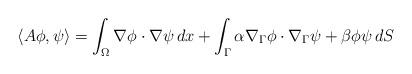
LaTeX: \begin{align*}\langle A\phi, \psi\rangle=\int_{\Omega}\nabla \phi\cdot\nabla\psi\,dx+\int_{\Gamma}\alpha\nabla_\Gamma \phi\cdot\nabla_\Gamma \psi+\beta\phi\psi\,dS\end{align*}